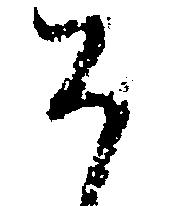
そ